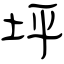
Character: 坪